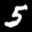
Label: 5